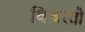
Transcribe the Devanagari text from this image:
विचरतो